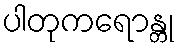
ပါတုကရောန္တု